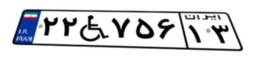
۵۸W۹۶۸۴۳